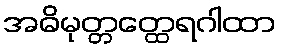
အဓိမုတ္တတ္ထေရဂါထာ